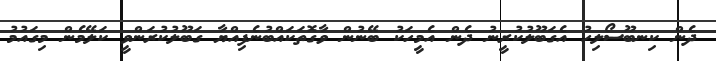
ދެން ކިނބޫސޯލިހު އެގަބޫލުކުރީނު ދެން އެމީހަކު ބޭނުން ވާގޮތަކައްބުނެފިއްޔާ ގަބޫލުކުރަންވީ ކަލޭމެން މިގައުމު